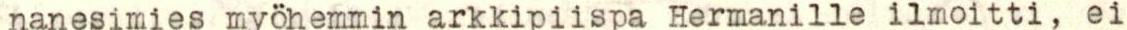
nanesimies myöhemmin arkkipiispa Hermanille ilmoitti, ei